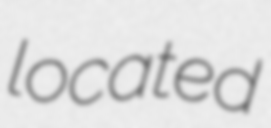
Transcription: located